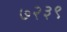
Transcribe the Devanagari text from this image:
७२३९